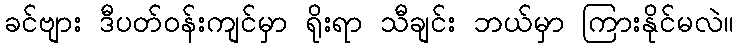
ခင်ဗျား ဒီပတ်ဝန်းကျင်မှာ ရိုးရာ သီချင်း ဘယ်မှာ ကြားနိုင်မလဲ။